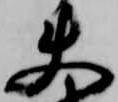
使